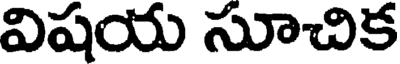
విషయ సూచిక